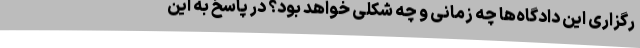
رگزاری این دادگاه‌ها چه زمانی و چه شکلی خواهد بود؟ در پاسخ به این